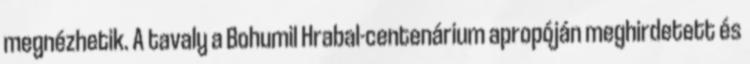
megnézhetik. A tavaly a Bohumil Hrabal-centenárium apropóján meghirdetett és